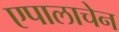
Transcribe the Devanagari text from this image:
एपालाचेन